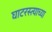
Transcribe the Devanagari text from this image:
घाटरस्त्याच्या